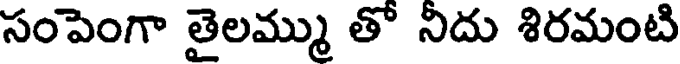
సంపెంగా తైలమ్ము తో నిదు శిరమంటి